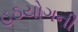
હઠયોગની